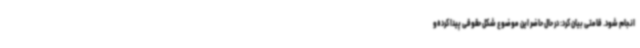
انجام شود. قامتی بیان کرد: در حال حاضر این موضوع شکل حقوقی پیدا کرده‌و